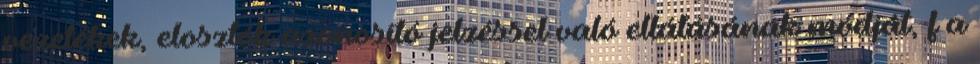
vezetékek, elosztók azonosító jelzéssel való ellátásának módját, f a